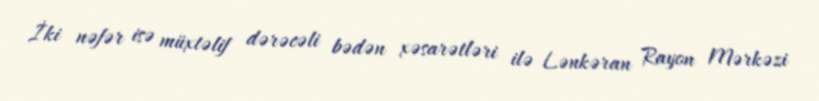
İki nəfər isə müxtəlif dərəcəli bədən xəsarətləri ilə Lənkəran Rayon Mərkəzi